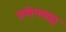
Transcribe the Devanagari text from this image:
प्रयोगबाह्य